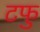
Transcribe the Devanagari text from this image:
टफु